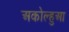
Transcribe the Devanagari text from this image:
अकोल्हुआ